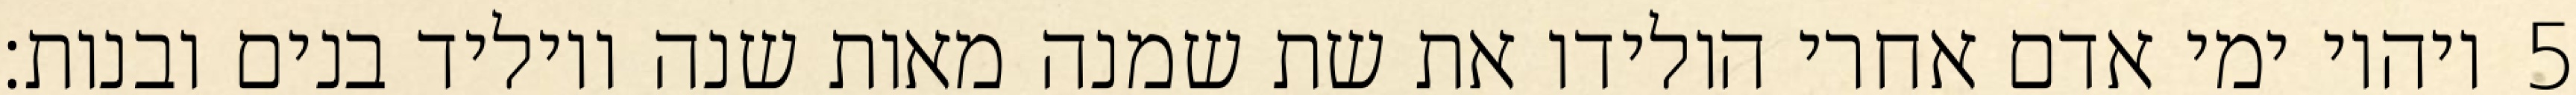
ויהיו ימי אדם אחרי הולידו את שת שמנה מאות שנה ויוליד בנים ובנות׃ ‎5‏